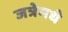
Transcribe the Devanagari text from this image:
जत्रेमधे